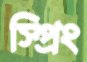
স্প্রিং